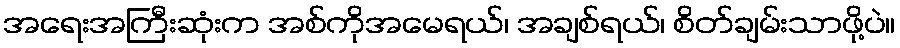
အရေးအကြီးဆုံးက အစ်ကိုအမေရယ်၊ အချစ်ရယ်၊ စိတ်ချမ်းသာဖို့ပဲ။